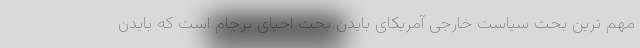
مهم ترین بحث سیاست خارجی آمریکای بایدن بحث احیای برجام است که بایدن